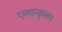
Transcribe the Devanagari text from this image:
एलाम्कुलम